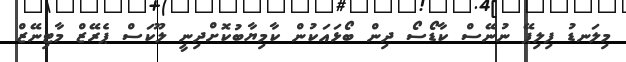
މިލަނޑު ފިލިޕޭ ނުނޭސް ކާޑޯސޯ ދިން ބޯޅައަކުން ކާމިޔާބުކޮށްދިނީ ލޫކަސް ޕެރޭޒް މާޓިނޭޒް